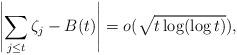
LaTeX: \begin{align*} \left| \sum_{j \le t} \zeta_j - B(t) \right| = o( \sqrt{t \log( \log t ) } ), \end{align*}